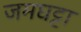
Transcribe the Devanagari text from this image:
जमघट्टा